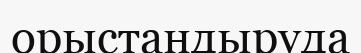
орыстандыруда